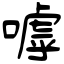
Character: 嘑